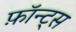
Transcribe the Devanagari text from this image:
फ़ॉन्ट्‍स